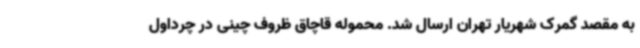
به مقصد گمرک شهریار تهران ارسال شد. محموله قاچاق ظروف چینی در چرداول